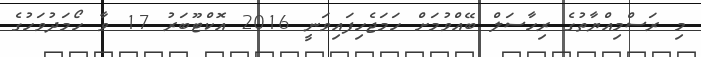
މި ރަސްމިއްޔާތުގެ ރިހާސަލް ބޭއްވުމަށް ހަމަޖެހިފައިވަނީ 2016 އޮކްޓޫބަރު 17 ވާ ހޯމަދުވަހުގެ